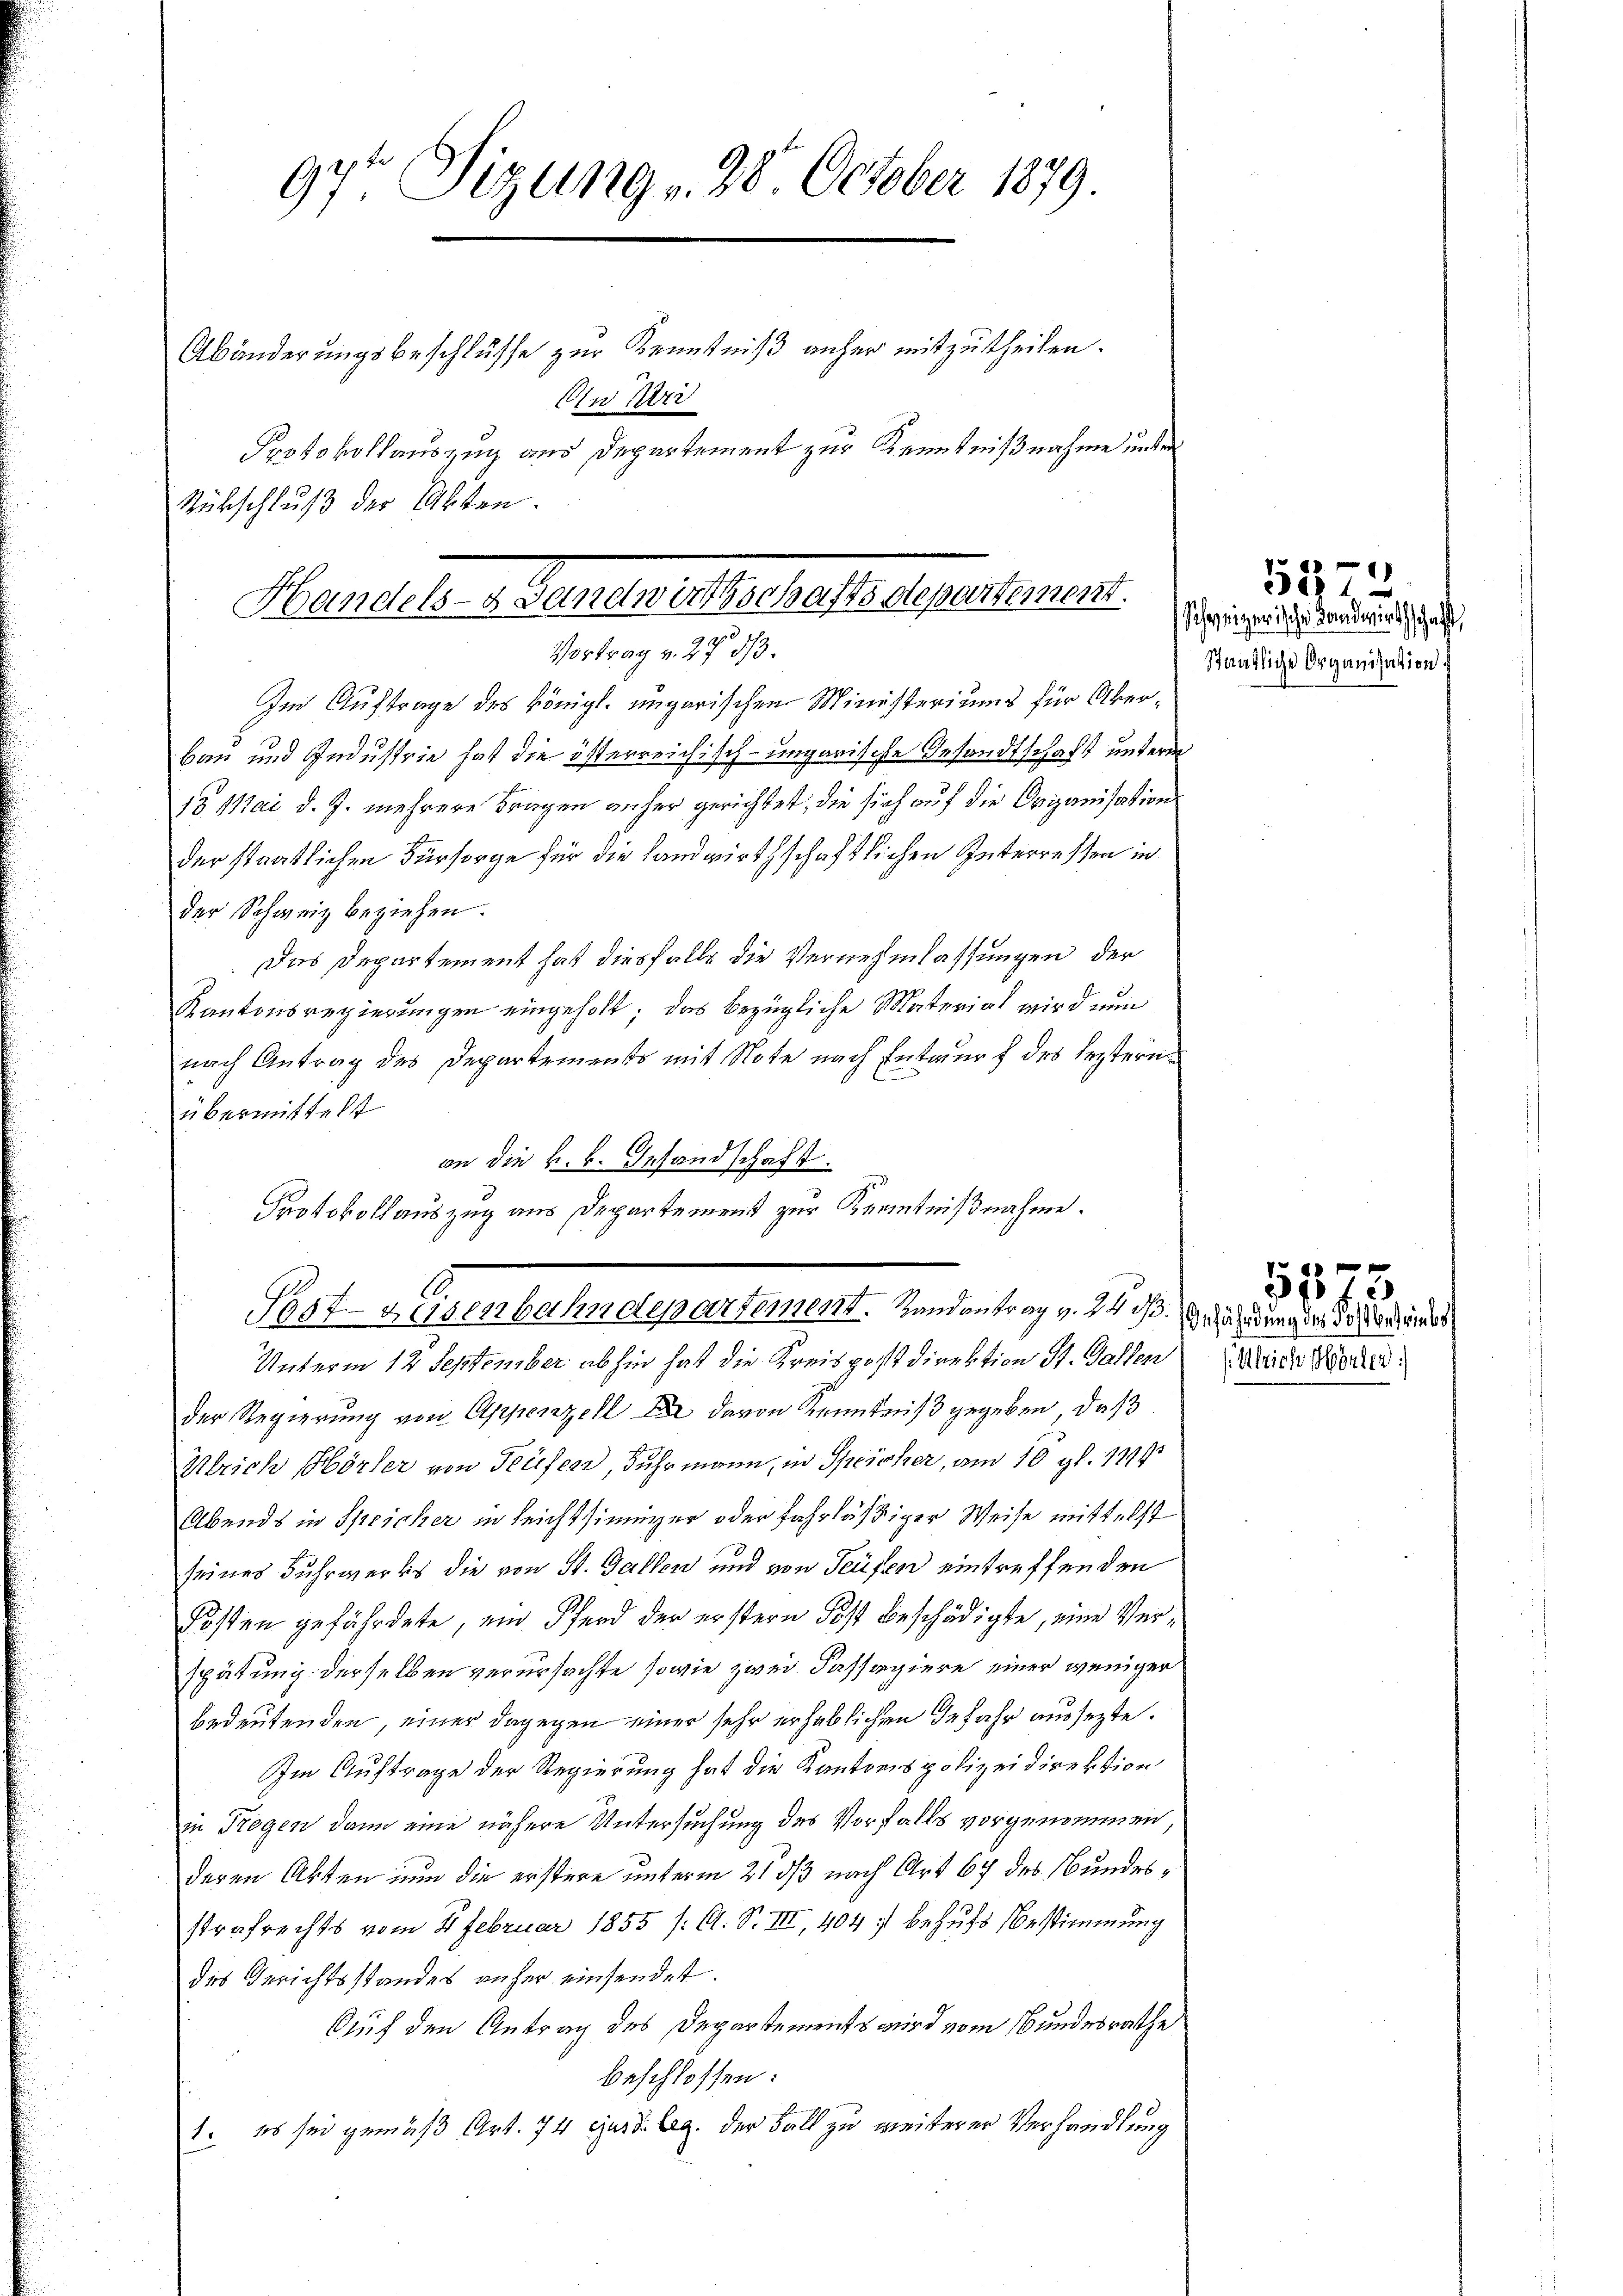
Protokollauszug aus Departement zur Kenntnißnahme unter
Rübschluß der Akten.

Handels- Seinetwirthschaftsdepartement.
Vortrag v. 27. 513.

97t Sigung v. 28. October 1879.
Abänderungsbeschlüsse zur Kenntniß anher mitzutheilen.
Ain Pri

Im Auftrage des königl. ungarischen Ministeriums für Über¬
Bau und Industrie hat die österreichisch-ungarische Gesandtschaft unterm
15 Mai d. J. mehrere Fragen anher gerichtet, die sich auf die Origanisations
der staatlichen Fürsorge für die Landwirthschaftlichen Interressen in
der Schweiz beziehen.
Das Departement hat diesfalls die Vernehmlassungen der
Kantonsregierungen eingeholt; das bezügliche Material wird nun
nach Antrag des Departements mit Note nach Entwurf des Leztern
übermittelt
on die k. k. Gesandschaft.
Unterm 12 September abhin hat die Kreispostdirektion St. Gallen
der Regierung von Appenzell davon Kenntniß gegeben, daß
Wlrich Hörler von Teufen, Fuhrmann, in Speicher, am 10 gl. 1814
Abends in Speicher in leichtsinner oder fahrläßiger Weise mittelst
seines Fuhrwerks die von St. Gallen und von Teufen eintreffenden
Kosten gefährdete, ein Pferd der erstern Post beschädigte, eine Verspätung derselben verursachte sowie zwei Kassagiere einer weniger
bedeutenden, einer dagegen einer sehr erheblichen Gefahr aussezte.
Im Auftrage der Regierung hat die Kantonspolizeidirektion
in Regen dann eine nähere Untersuchung des Vorfalls vorgenommen
deren Akten nun die erstere unterm 21. ds nach Art 67 des Bundesstrafrechts vom 8. Februar 1855 /: A. S. III, 404. behufs Bestimmung
des Gerichtsstandes anher einsendet.
Auf den Antrag des Departements wird vom Bundesrathe
beschlossen:
1. es sei gemäß Art. 74 cust. Ag. der Fall zu weiterer Verhandlung

Protokollauszug aus Departement zur Kenntnißnahme.
A.
Post-Hasenbahndepartement. Handantrag v. 24 s. Geländung der desser uns

Schweizerische Landwirthschaft,
Ständliche Organisation

5472.

Ulrich Morden.

5375